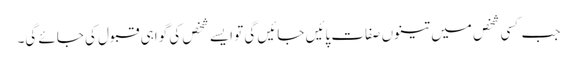
جب کسی شخص میں تینوں صفات پائیں جائیں گی تو ایسے شخص کی گواہی قبول کی جائے گی۔